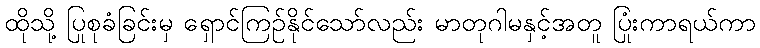
ထိုသို့ ပြုစုခံခြင်းမှ ရှောင်ကြဉ်နိုင်သော်လည်း မာတုဂါမနှင့်အတူ ပြုံးကာရယ်ကာ